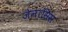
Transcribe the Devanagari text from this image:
जेनासिस